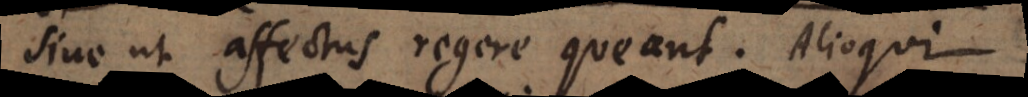
sive ut affectus regere queant. Alioqui